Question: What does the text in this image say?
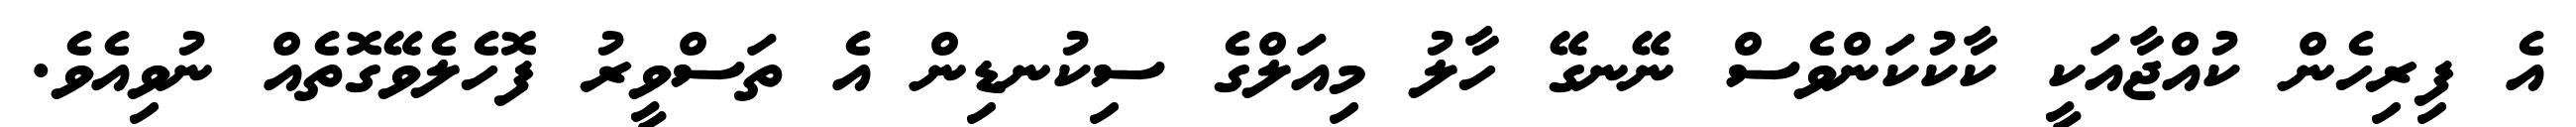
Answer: އެ ފިރިހެން ކުއްޖާއަކީ ކާކުކަންވެސް ނޭނގޭ ހާލު މިއަލްގެ ސިކުނޑިން އެ ތަސްވީރު ފޮހެލެވޭގޮތެއް ނުވިއެވެ.